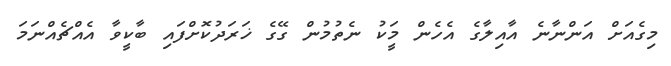
މިގެއަށް އަންނާނެ އާއިލާގެ އެހެން މީަކު ނެތުމުން ގޭގެ ޚަރަދުކޮށްފައި ބާކީވާ އެއްޗެއްނަމަ